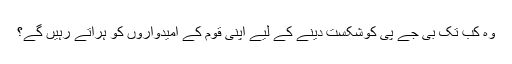
وہ کب تک بی جے پی کوشکست دینے کے لیے اپنی قوم کے امیدواروں کو ہراتے رہیں گے؟